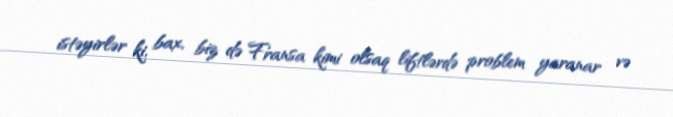
istəyirlər ki, bax, biz də Fransa kimi olsaq liftlərdə problem yaranar və